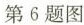
第6题图